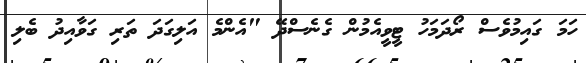
ހަމަ ގައިމުވެސް ރޯދަމަހު ޓީވީއެމުން ގެނެސްދޭ "އެންމެ އަލިގަދަ ތަރި ގަވާއިދު ބެލި